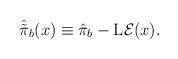
\begin{align*}\hat{\tilde{\pi}}_b(x) \equiv \hat{\pi}_b - {\rm L}{\cal E}(x).\end{align*}